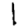
Digit: 1